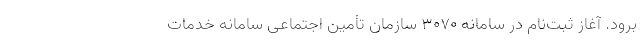
برود. آغاز ثبت‌نام در سامانه ۳۰۷۰ سازمان تأمین اجتماعی سامانه خدمات